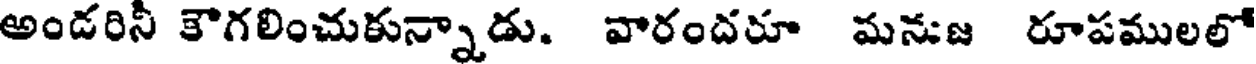
అండరినీ కౌగలించుకున్నాడు. వారందరూ మనుజ రూపములలో